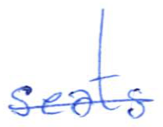
Text: seats
Cross-out: single-line
Writing tool: ballpoint